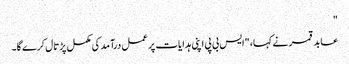
"
عابد قمر نے کہا، "ایس بی پی اپنی ہدایات پر عمل درآمد کی مکمل پڑتال کرے گا۔